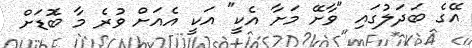
އޭގެ ބަދަލުގައި "ވާށޭ މަށާ އެކީ" އަކީ އެއަށް ވުރެ މާ ބޮޑަށް